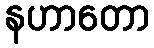
နဟာတော